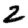
Digit: 2